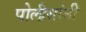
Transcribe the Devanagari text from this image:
पोलीसांनी